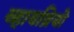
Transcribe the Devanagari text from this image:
व्हायब्रियो